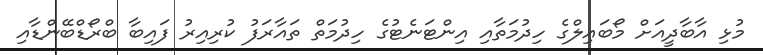
މުޅި އާބާދީއަށް މޯބައިލްގެ ހިދުމަތާއި އިންޓަނެޓުގެ ހިދުމަތް ތައާރަފު ކުރިއިރު ފައިބާ ބްރޯޑްބޭންޑާއި